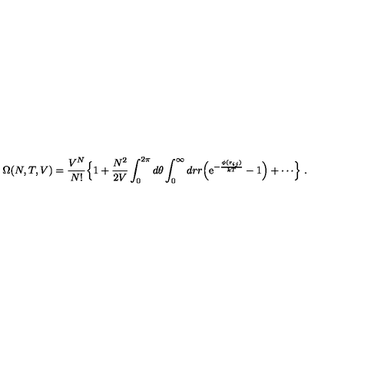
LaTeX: \Omega ( N , T , V ) = { \frac { V ^ { N } } { N ! } } \Bigl \{ 1 + { \frac { N ^ { 2 } } { 2 V } } \int _ { 0 } ^ { 2 \pi } d \theta \int _ { 0 } ^ { \infty } d r r \Bigl ( \mathrm { e } ^ { - { \frac { \phi ( { \bf r } _ { i j } ) } { k T } } } - 1 \Bigr ) + \cdots \Bigr \} \ .